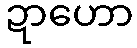
ဍာဟော